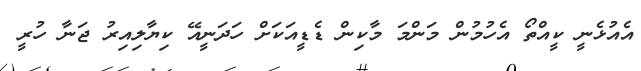
އެއުޅެނީ ކީއްތޯ އެހުމުން މަންމަ މާކިން ޑެޑީއަކަށް ހަދަނީއޭ ކިޔާލިއިރު ޖަނާ ހުރީ